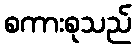
စကားစုသည်